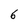
Character: 6